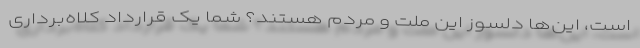
است، این‌ها دلسوز این ملت و مردم هستند؟ شما یک قرارداد کلاه‌برداری